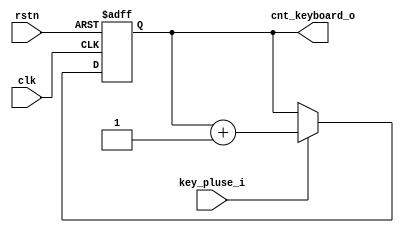
module CounterKeyboard(
    input           clk,
    input           rstn,
    input           key_pluse_i,
    output   [3:0]  cnt_keyboard_o
);

reg [3:0] cnt_keyboard_reg;
wire [3:0] cnt_keyboard_nxt = cnt_keyboard_reg + 1'b1;

always @ (posedge clk or negedge rstn) begin
    if (~rstn) cnt_keyboard_reg <= 4'b0;
    else if (key_pluse_i) cnt_keyboard_reg <= cnt_keyboard_nxt;
end

assign cnt_keyboard_o = cnt_keyboard_reg;

endmodule